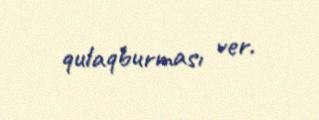
qulaqburması ver.